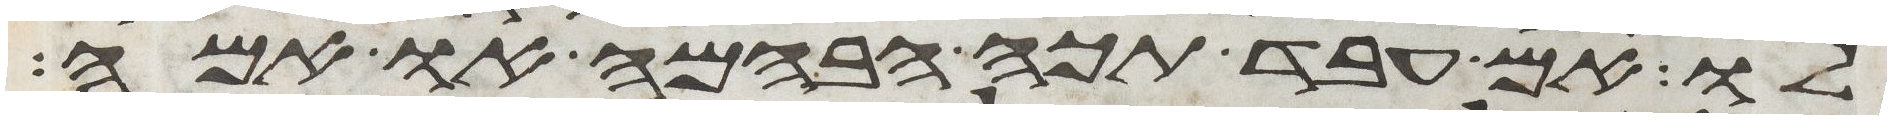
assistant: לו אם עבד תכה הבהמה או אמה